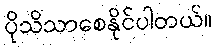
ပိုသိသာစေနိုင်ပါတယ်။